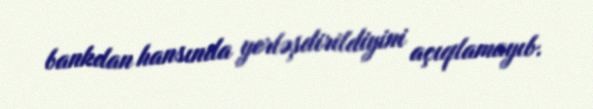
bankdan hansında yerləşdirildiyini açıqlamayıb.